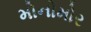
મોનોમોર